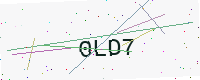
Text: 0LD7